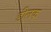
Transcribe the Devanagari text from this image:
डीलक